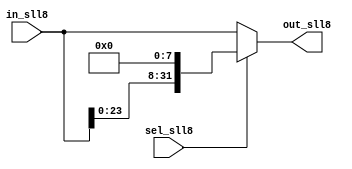
module SLL8 (in_sll8, sel_sll8, out_sll8);
  input [31:0] in_sll8;
  input sel_sll8;
  output [31:0] out_sll8;
  
  assign out_sll8 = (sel_sll8) ? {in_sll8[23:0],8'b0} : in_sll8;
endmodule